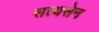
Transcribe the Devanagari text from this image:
सत्यसेन